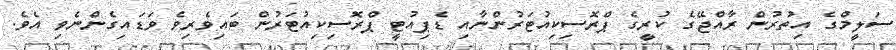
ސަލީމްގެ އިތުރުން ރާއްޖޭގެ ކުރީގެ ޕްރޮސިކިއުޓަރުންނާއި ޑެޕިއުޓީ ޕްރޮސިކިއުޓަރުން ބައިވެރިވެ ވަޑައިގެންނެވި އެވެ.